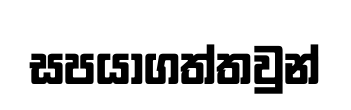
සපයාගත්තවුන්